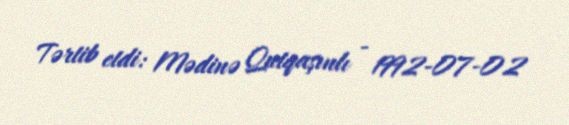
Tərtib etdi: Mədinə Qutqaşınlı - 1992-07-02